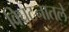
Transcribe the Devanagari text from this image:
विघटनातले